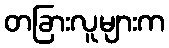
တခြားလူများက